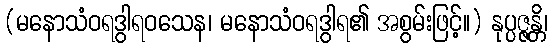
(မနောသံဝရဒွါရဝသေန၊ မနောသံဝရဒွါရ၏ အစွမ်းဖြင့်။) နုပ္ပဇ္ဇန္တိ၊